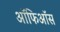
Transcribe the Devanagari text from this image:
ऑफिऑस